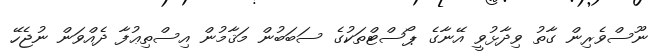
ނޫސްވެރިން ގާތު ވިދާޅުވީ އޭނާގެ ޕޯސްޓްތަކުގެ ސަބަބުން މަޤާމުން އިސްތިޢުފާ ދެއްވަން ނުޖެހޭ